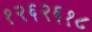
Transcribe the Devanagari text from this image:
१२६२६१८